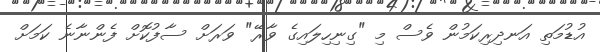
އުޑުމަތި އަނދިރިކަމުން ވެސް މި "ގިނިހިލައިގެ ވާރޭ" ވަރަށް ސާފުކޮށް ފެންނާނެ ކަަމަށް